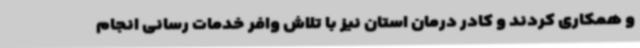
و همکاری کردند و کادر درمان استان نیز با تلاش وافر خدمات رسانی انجام